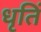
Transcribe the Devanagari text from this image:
धृतिं